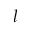
l